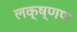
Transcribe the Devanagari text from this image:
लक्ष्णण